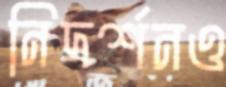
নিদর্শনও